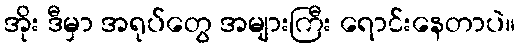
အိုး ဒီမှာ အရုပ်တွေ အများကြီး ရောင်းနေတာပဲ။